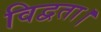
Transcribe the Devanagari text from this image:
विद्वता।